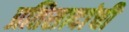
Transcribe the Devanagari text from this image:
प्रतिसादांची